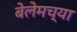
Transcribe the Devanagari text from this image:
बेलेमच्या